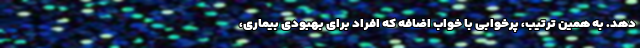
دهد. به همین ترتیب، پرخوابی با خواب اضافه که افراد برای بهبودی بیماری،